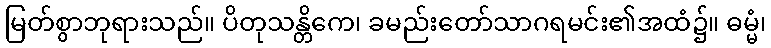
မြတ်စွာဘုရားသည်။ ပိတုသန္တိကေ၊ ခမည်းတော်သာဂရမင်း၏အထံ၌။ ဓမ္မံ၊